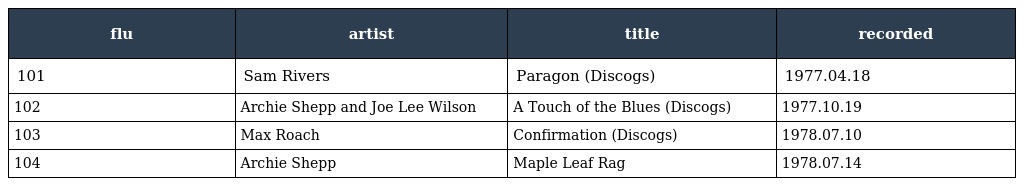
| flu | artist | title | recorded |
 | --- | --- | --- | --- |
 | 101 | Sam Rivers | Paragon (Discogs) | 1977.04.18 |
 | 102 | Archie Shepp and Joe Lee Wilson | A Touch of the Blues (Discogs) | 1977.10.19 |
 | 103 | Max Roach | Confirmation (Discogs) | 1978.07.10 |
 | 104 | Archie Shepp | Maple Leaf Rag | 1978.07.14 |